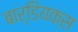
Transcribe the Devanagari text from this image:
बार्डियक्स